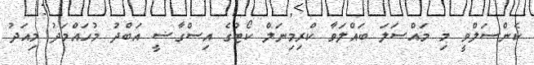
ކެންސަލްވީ މި މައްސަލަ ބައްލަވާ ކްރިމިނަލް ކޯޓުގެ އިސްގާޟީ އަބްދު މުހައްމަދު މިއަދު